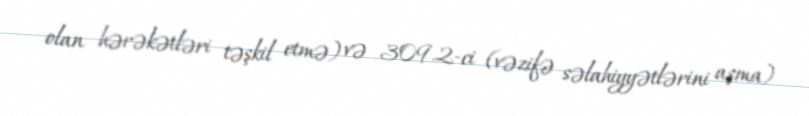
olan hərəkətləri təşkil etmə) və 309.2-ci (vəzifə səlahiyyətlərini aşma)